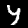
Label: 4